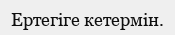
Ертегіге кетермін.